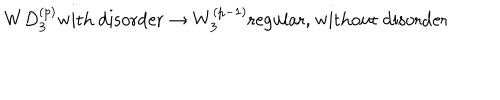
W D _ { 3 } ^ { ( p ) } \mathrm { w i t h ~ d i s o r d e r } \rightarrow W _ { 3 } ^ { ( p - 1 ) } \mathrm { r e g u l a r , ~ w i t h o u t ~ d i s o r d e r }